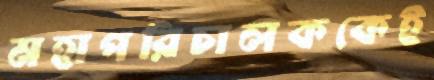
মহাপরিচালককেই